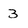
Character: 3